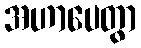
အဟာပေတွာ